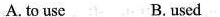
A. to use B.used